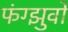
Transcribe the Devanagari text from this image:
फंग्झुवो